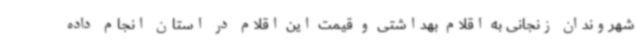
شهروندان زنجانی به اقلام بهداشتی و قیمت این اقلام در استان انجام داده